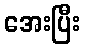
အေးပြီး